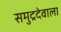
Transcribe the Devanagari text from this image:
समुद्रदेवाला